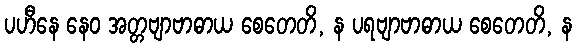
ပဟီနေ နေဝ အတ္တဗျာဗာဓာယ စေတေတိ, န ပရဗျာဗာဓာယ စေတေတိ, န